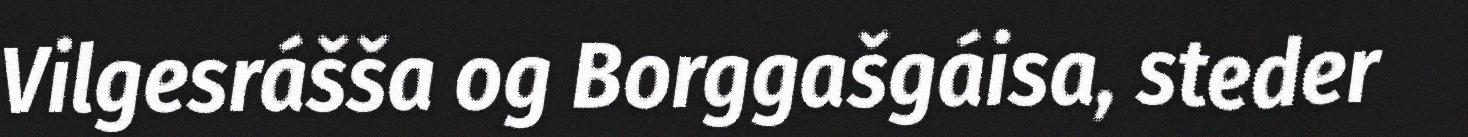
Vilgesrášša og Borggašgáisa, steder